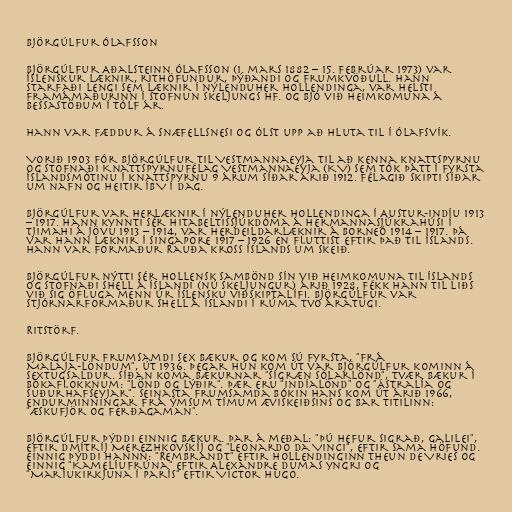
Björgúlfur Ólafsson

Björgúlfur Aðalsteinn Ólafsson (1. mars 1882 – 15. febrúar 1973) var
íslenskur læknir, rithöfundur, þýðandi og frumkvöðull. Hann
starfaði lengi sem læknir í nýlenduher Hollendinga, var helsti
framámaðurinn í stofnun Skeljungs hf. og bjó við heimkomuna á
Bessastöðum í tólf ár.

Hann var fæddur á Snæfellsnesi og ólst upp að hluta til í Ólafsvík.

Vorið 1903 fór Björgúlfur til Vestmannaeyja til að kenna knattspyrnu
og stofnaði Knattspyrnufélag Vestmannaeyja (KV) sem tók þátt í fyrsta
Íslandsmótinu í knattspyrnu 9 árum síðar árið 1912. Félagið skipti síðar
um nafn og heitir ÍBV í dag.

Björgúlfur var herlæknir í nýlenduher Hollendinga í Austur-Indíu 1913
– 1917. Hann kynnti sér hitabeltissjúkdóma á hermannasjúkrahúsi í
Tjimahi á Jövu 1913 – 1914, var herdeildarlæknir á Borneó 1914 – 1917. Þá
var hann læknir í Singapore 1917 – 1926 en fluttist eftir það til Íslands.
Hann var formaður Rauða kross Íslands um skeið.

Björgúlfur nýtti sér hollensk sambönd sín við heimkomuna til Íslands
og stofnaði Shell á Íslandi (nú Skeljungur) árið 1928, fékk hann til liðs
við sig öfluga menn úr íslensku viðskiptalífi. Björgúlfur var
stjórnarformaður Shell á Íslandi í rúma tvo áratugi.

Ritstörf.

Björgúlfur frumsamdi sex bækur og kom sú fyrsta, "Frá
Malaja-löndum", út 1936. Þegar hún kom út var Björgúlfur kominn á
sextugsaldur. Síðan koma bækurnar "Sígræn sólarlönd", tvær bækur í
bókaflokknum: "Lönd og lýðir". Þær eru "Indíalönd" og "Ástralía og
Suðurhafseyjar". Seinasta frumsamda bókin hans kom út árið 1966,
endurminningar frá ýmsum tímum æviskeiðsins og bar titilinn:
"Æskufjör og ferðagaman".

Björgúlfur þýddi einnig bækur. Þar á meðal: "Þú hefur sigrað, Galilei",
eftir Dmítríj Merezhkovskíj og "Leonardo da Vinci", eftir sama höfund.
Einnig þýddi hannn: "Rembrandt" eftir Hollendinginn Theun de Vries og
einnig "Kamelíufrúna" eftir Alexandre Dumas yngri og
"Maríukirkjuna í París" eftir Victor Hugo.